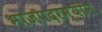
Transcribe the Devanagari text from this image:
भाजपदरम्यान